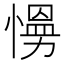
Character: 𭞙